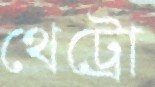
থেট্রো